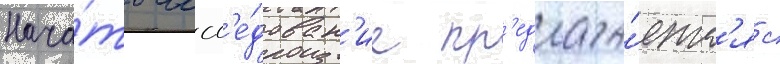
Нача́ть иссл'е́дован'ие пр'едлага́етс'я с